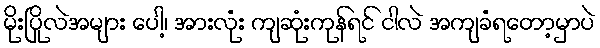
မိုးပြိုလဲအများ ပေါ့၊ အားလုံး ကျဆုံးကုန်ရင် ငါလဲ အကျခံရတော့မှာပဲ